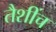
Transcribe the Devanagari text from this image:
तैशींच